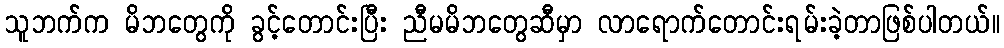
သူဘက်က မိဘတွေကို ခွင့်တောင်းပြီး ညီမမိဘတွေဆီမှာ လာရောက်တောင်းရမ်းခဲ့တာဖြစ်ပါတယ်။